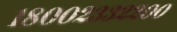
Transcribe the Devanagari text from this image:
१८००२३३२२००